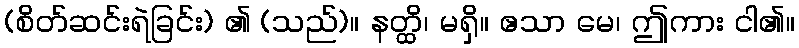
(စိတ်ဆင်းရဲခြင်း) ၏ (သည်)။ နတ္ထိ၊ မရှိ။ ဧသာ မေ၊ ဤကား ငါ၏။